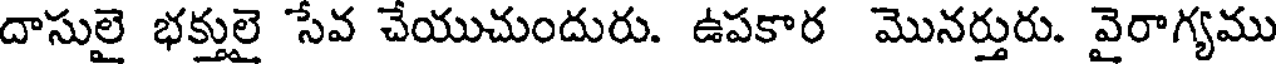
దాసులై భక్తులై సేవ చేయుచుందురు. ఉపకార మొనర్తురు. వైరాగ్యము